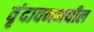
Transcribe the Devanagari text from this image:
वृंदावनमधील